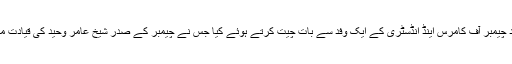
ان خیالات کا اظہار انہوں نے اسلام آبا د چیمبر آف کامرس اینڈ انڈسٹری کے ایک وفد سے بات چیت کرتے ہوئے کیا جس نے چیمبر کے صدر شیخ عامر وحید کی قیادت میں ان کے دفتر میں ان سے ملاقات کی۔